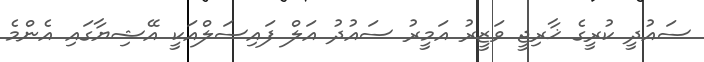
ސައުދީ ކުރީގެ ޚާރިޖީ ވަޒީރު އަމީރު ސައުދު އަލް ފައިސަލްއަކީ އޭޝިޔާގައި އެންމެ